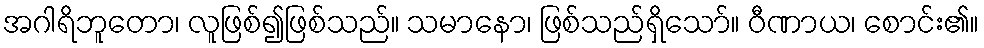
အဂါရိဘူတော၊ လူဖြစ်၍ဖြစ်သည်။ သမာနော၊ ဖြစ်သည်ရှိသော်။ ဝီဏာယ၊ စောင်း၏။